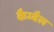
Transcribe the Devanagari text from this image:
कैम्बैल